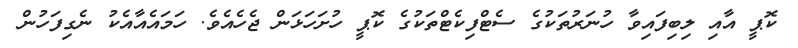
ކޮޕީ އާއި ލިބިފައިވާ ހުނަރުތަކުގެ ސެޓްފިކެޓްތަކުގެ ކޮޕީ ހުށަހަޅަން ޖެހެއެވެ. ހަމައެއާއެކު ނެގިފަހުން